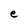
Character: e